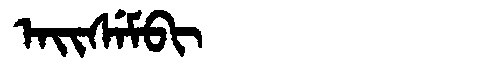
Manchu: ᠠᡳᠰᡝᠮᠪᡳ
Romanization: AISEMBI